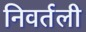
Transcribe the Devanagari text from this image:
निवर्तली